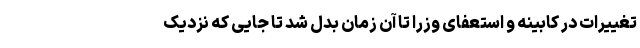
تغییرات در کابینه و استعفای وزرا تا آن زمان بدل شد تا جایی که نزدیک